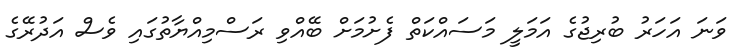
ވަނަ އަހަރު ބުރިޖުގެ އަމަލީ މަސައްކަތް ފެށުމަށް ބޭއްވިި ރަސްމިއްޔާތުގައި ވެސް އަދުރޭގެ